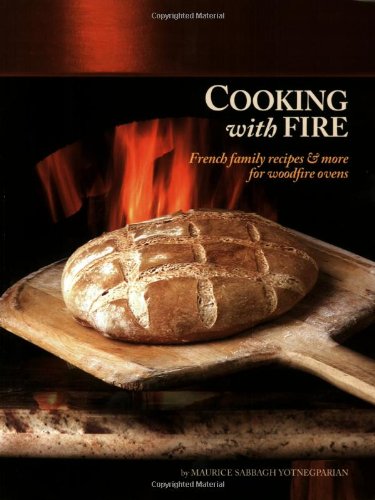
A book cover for Cooking with Fire: French Family Recipes & More for Woodfire Ovens (Book & DVD); Maurice Sabbagh Yotnegparian; Cookbooks, Food & Wine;